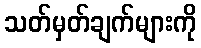
သတ်မှတ်ချက်များကို